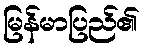
မြန်မာပြည်၏